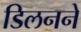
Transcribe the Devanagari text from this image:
डिलनने